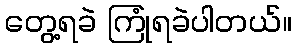
တွေ့ရခဲ ကြုံရခဲပါတယ်။